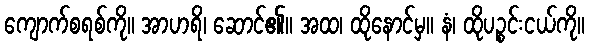
ကျောက်စရစ်ကို။ အာဟရိ၊ ဆောင်၏။ အထ၊ ထိုနောင်မှ။ နံ၊ ထိုပဉ္စင်းငယ်ကို။